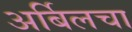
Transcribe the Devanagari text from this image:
अर्बिलचा